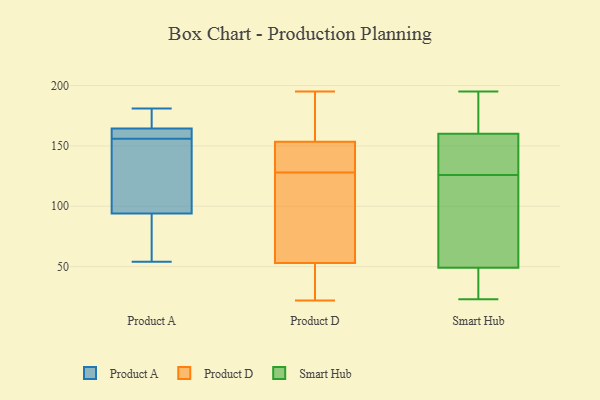
{"axis": {"x": "Humidity (%)", "y": "Value"}, "legend": ["Product A", "Product D", "Smart Hub"], "data": [{"x": "", "y": 91, "type": "Product A"}, {"x": "", "y": 156, "type": "Product A"}, {"x": "", "y": 177, "type": "Product A"}, {"x": "", "y": 95, "type": "Product A"}, {"x": "", "y": 181, "type": "Product A"}, {"x": "", "y": 169, "type": "Product A"}, {"x": "", "y": 163, "type": "Product A"}, {"x": "", "y": 85, "type": "Product A"}, {"x": "", "y": 162, "type": "Product A"}, {"x": "", "y": 54, "type": "Product A"}, {"x": "", "y": 140, "type": "Product A"}, {"x": "", "y": 161, "type": "Product A"}, {"x": "", "y": 119, "type": "Product A"}, {"x": "", "y": 195, "type": "Product D"}, {"x": "", "y": 37, "type": "Product D"}, {"x": "", "y": 148, "type": "Product D"}, {"x": "", "y": 141, "type": "Product D"}, {"x": "", "y": 124, "type": "Product D"}, {"x": "", "y": 190, "type": "Product D"}, {"x": "", "y": 22, "type": "Product D"}, {"x": "", "y": 41, "type": "Product D"}, {"x": "", "y": 73, "type": "Product D"}, {"x": "", "y": 56, "type": "Product D"}, {"x": "", "y": 132, "type": "Product D"}, {"x": "", "y": 132, "type": "Product D"}, {"x": "", "y": 185, "type": "Product D"}, {"x": "", "y": 50, "type": "Product D"}, {"x": "", "y": 95, "type": "Product D"}, {"x": "", "y": 134, "type": "Product D"}, {"x": "", "y": 159, "type": "Product D"}, {"x": "", "y": 117, "type": "Product D"}, {"x": "", "y": 25, "type": "Product D"}, {"x": "", "y": 194, "type": "Product D"}, {"x": "", "y": 77, "type": "Smart Hub"}, {"x": "", "y": 138, "type": "Smart Hub"}, {"x": "", "y": 136, "type": "Smart Hub"}, {"x": "", "y": 160, "type": "Smart Hub"}, {"x": "", "y": 28, "type": "Smart Hub"}, {"x": "", "y": 49, "type": "Smart Hub"}, {"x": "", "y": 23, "type": "Smart Hub"}, {"x": "", "y": 195, "type": "Smart Hub"}, {"x": "", "y": 116, "type": "Smart Hub"}, {"x": "", "y": 183, "type": "Smart Hub"}]}